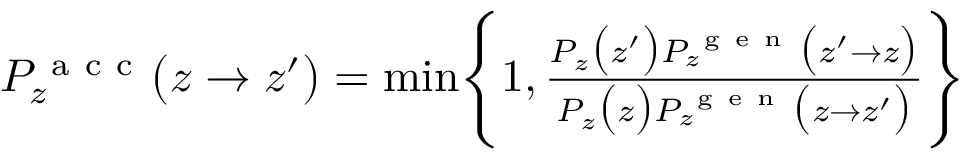
\begin{array} { r } { P _ { z } ^ { \mathrm { ~ a ~ c ~ c ~ } } \bigl ( z \to z ^ { \prime } \bigr ) = \operatorname* { m i n } \Biggl \{ 1 , \frac { P _ { z } \bigl ( z ^ { \prime } \bigr ) P _ { z } ^ { \mathrm { ~ g ~ e ~ n ~ } } \bigl ( z ^ { \prime } \to z \bigr ) } { P _ { z } \bigl ( z \bigr ) P _ { z } ^ { \mathrm { ~ g ~ e ~ n ~ } } \bigl ( z \to z ^ { \prime } \bigr ) } \Biggr \} } \end{array}